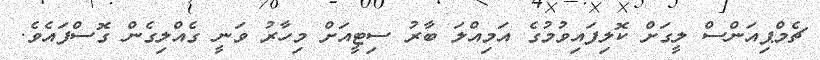
ޗެމްޕިއަންސް ލީގަށް ކޮލިފައިވުމުގެ އަމިއްލަ ބާރު ސިޓީއަށް މިހާރު ވަނީ ގެއްލިގެން ގޮސްފައެވެ.